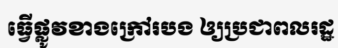
ធ្វើផ្លូវខាងក្រៅរបង ឲ្យប្រជាពលរដ្ឋ